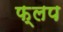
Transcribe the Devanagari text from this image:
फ्लप